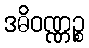
ဒဓိဝဏ္ဏဉ္စ